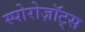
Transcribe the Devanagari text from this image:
स्पोरोज़ॉट्स